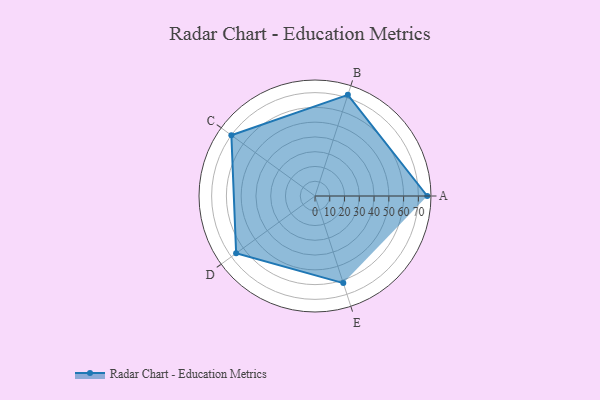
{"axis": {"x": "Skill", "y": "Score"}, "legend": ["Profile"], "data": [{"x": "A", "y": 76.0, "type": "Profile"}, {"x": "B", "y": 72.0, "type": "Profile"}, {"x": "C", "y": 70.0, "type": "Profile"}, {"x": "D", "y": 66.0, "type": "Profile"}, {"x": "E", "y": 62.0, "type": "Profile"}]}